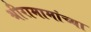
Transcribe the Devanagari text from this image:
श्रीरामामांच्या